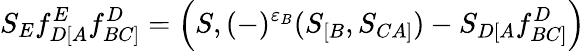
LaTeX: S_{E}f_{D[A}^{E}f_{BC]}^{D}=\left(S,(-)^{\varepsilon_{B}}(S_{[B},S_{CA]})-S_{D[A}f_{BC]}^{D}\right)